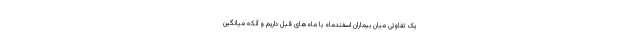
یک تفاوتی میان بیماران اسفندماه با ماه‌های قبل داریم و آنکه میانگین